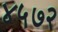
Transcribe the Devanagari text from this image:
४५७२